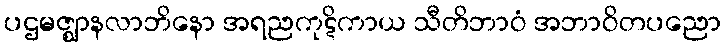
ပဌမဇ္ဈာနလာဘိနော အရညကုဋိကာယ သီတိဘာဝံ အဘာဝိတပညော